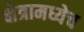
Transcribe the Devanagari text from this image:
क्षेत्रामध्येच